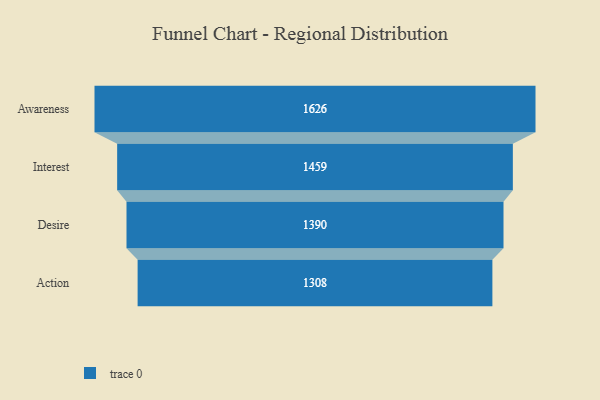
{"axis": {"x": "Stage", "y": "Value"}, "legend": [""], "data": [{"x": "Awareness", "y": 1626.0, "type": ""}, {"x": "Interest", "y": 1459.0, "type": ""}, {"x": "Desire", "y": 1390.0, "type": ""}, {"x": "Action", "y": 1308.0, "type": ""}]}